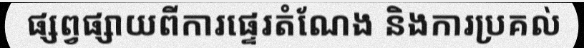
ផ្សព្វផ្សាយពីការផ្ទេរតំណែង និងការប្រគល់